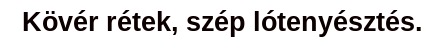
Kövér rétek, szép lótenyésztés.